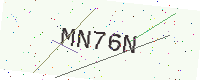
Text: MN76N